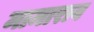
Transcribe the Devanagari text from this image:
मामाराव